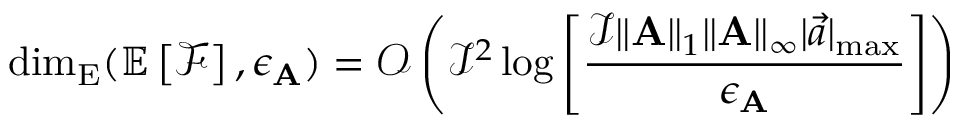
\mathrm { d i m } _ { \mathrm { E } } ( \mathbb { E } \left[ \mathcal { F } \right] , \epsilon _ { \mathbf { A } } ) = \mathcal { O } \left( \mathcal { I } ^ { 2 } \log \left[ \frac { \mathcal { I } \| \mathbf { A } \| _ { 1 } \| \mathbf { A } \| _ { \infty } | \vec { a } | _ { \operatorname* { m a x } } } { \epsilon _ { \mathbf { A } } } \right] \right)